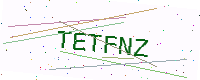
Text: TETFNZ